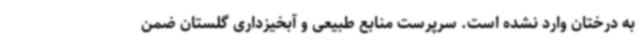
به درختان وارد نشده است. سرپرست منابع طبیعی و آبخیزداری گلستان ضمن